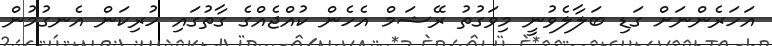
އަހަރެންނަށް ގަޑި ބަލާލެވުނީ މިވަގުތު ރޭޝަމް އެހެން ކުއްޖެއްގެ ގާތުގައި ހުރިކަން އެނގުމުން